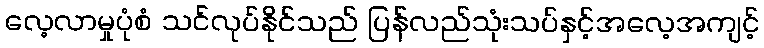
လေ့လာမှုပုံစံ သင်လုပ်နိုင်သည် ပြန်လည်သုံးသပ်နှင့်အလေ့အကျင့်